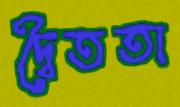
দ্বৈততা